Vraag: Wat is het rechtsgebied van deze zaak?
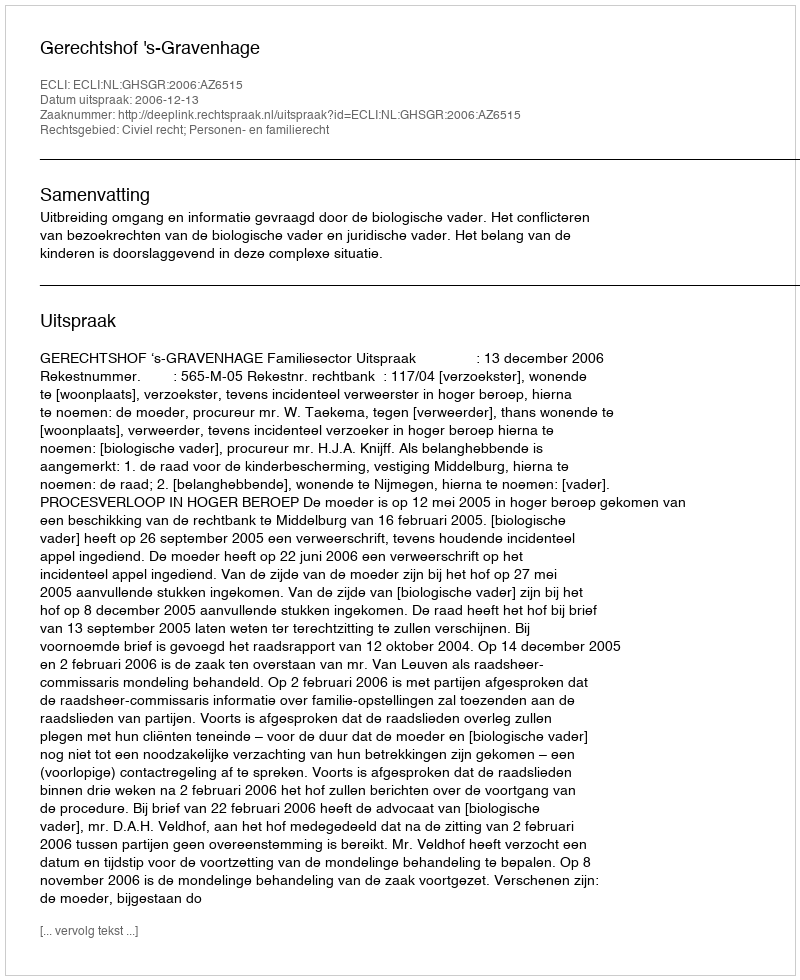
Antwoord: Civiel recht; Personen- en familierecht